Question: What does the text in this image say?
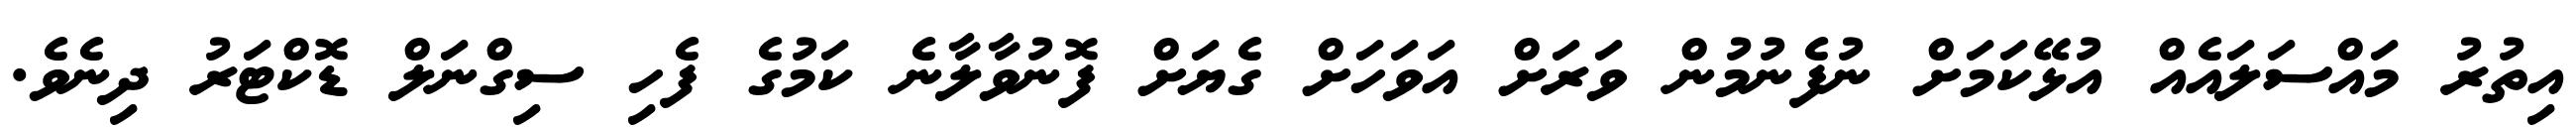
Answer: އިތުރު މައްސަލައެއް އުޅޭކަމަށް ނުފެނުމުން ވަރަށް އަވަހަށް ގެޔަށް ފޮނުވާލާނެ ކަމުގެ ފެހި ސިގްނަލް ޑޮކްޓަރު ދިނެވެ.